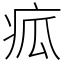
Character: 㽿